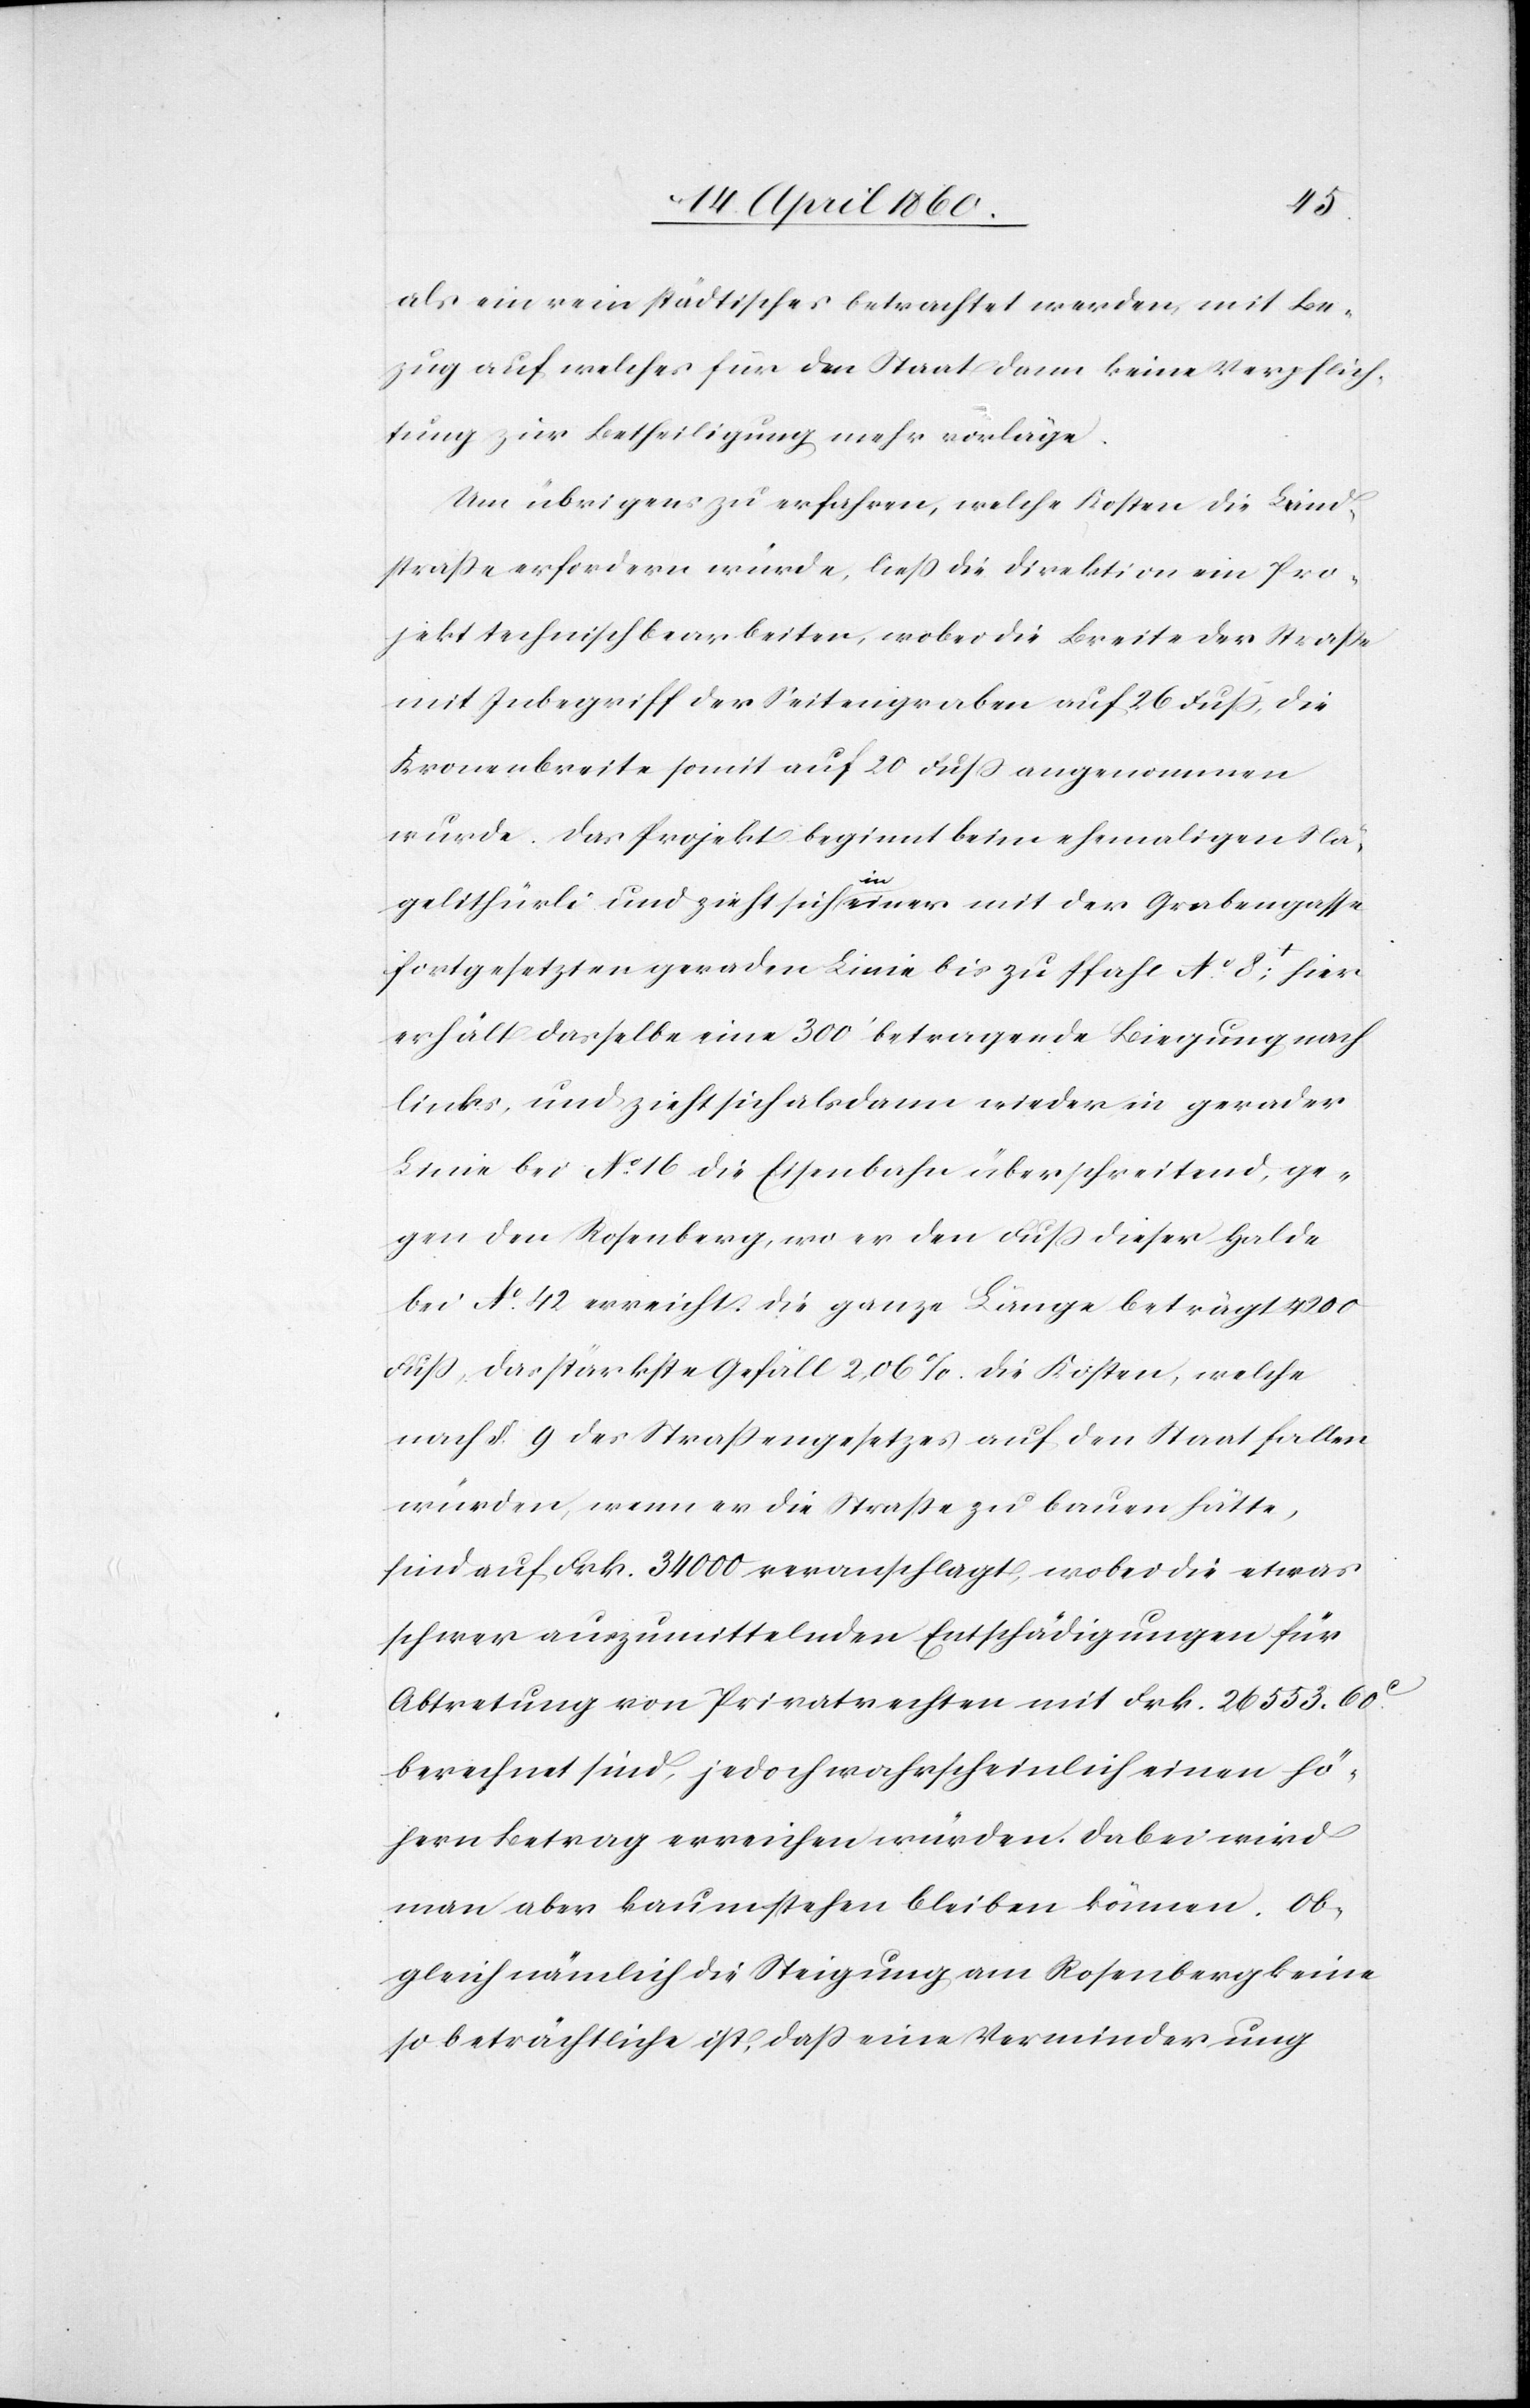
als ein rein städtisches betrachtet werden, mit Be¬
zug auf welches für den Staat dann keine Verpflich¬
tung zur Betheiligung mehr vorläge.
Um übrigens zu erfahren, welche Kosten die Land¬
strasse erfordern würde, liess die Direktion ein Pro¬
jekt technisch bearbeiten, wobei die Breite der Strasse
mit Inbegriff der Seitengraben auf 26 Fuss, die
Kronenbreite somit auf 20 Fuss angenommen
wurde. Das Projekt beginnt im ehemaligen Nä¬
gelithürli und zieht sich in einer mit der Grabengasse
fortgesetzten geraden Linie bis zu Pfahl No 8, hier
erhält dasselbe eine 300’ betragende Biegung nach
links, und zieht sich alsdann wieder in gerader
Linie bei No 16 die Eisenbahn überschreitend, ge¬
gen den Rosenberg, wo er den Fuss dieser Halde
bei No 42 erreicht. Die ganze Länge beträgt 4200
Fuss, das stärkste Gefäll 2,06%. Die Kosten, welche
nach §. 9. des Strassengesetzes auf den Staat fallen
würden, wenn er die Strasse zu bauen hätte,
sind auf Frk. 34 000 veranschlagt, wobei die etwas
schwer auszumittelnden Entschädigungen für
Abtretung von Privatrechten mit Frk. 26 553. 60C
berechnet sind, jedoch wahrscheinlich einen hö¬
hern Betrag erreichen würden. Dabei wird
man aber kaum stehen bleiben können. Ob¬
gleich nämlich die Steigung am Rosenberg keine
so beträchtliche ist, dass eine Verminderung